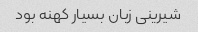
شیرینی زبان بسیار کهنه بود